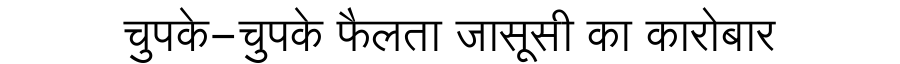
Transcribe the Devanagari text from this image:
चुपके-चुपके फैलता जासूसी का कारोबार